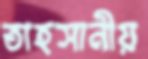
তাহসানীয়